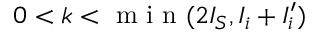
0 < k < { \textrm { m i n } } ( 2 I _ { S } , I _ { i } + I _ { i } ^ { \prime } )